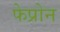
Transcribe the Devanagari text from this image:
फेप्रोन